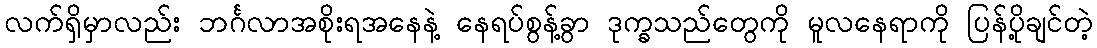
လက်ရှိမှာလည်း ဘင်္ဂလာအစိုးရအနေနဲ့ နေရပ်စွန့်ခွာ ဒုက္ခသည်တွေကို မူလနေရာကို ပြန်ပို့ချင်တဲ့